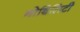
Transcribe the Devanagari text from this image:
नोबिलिटी